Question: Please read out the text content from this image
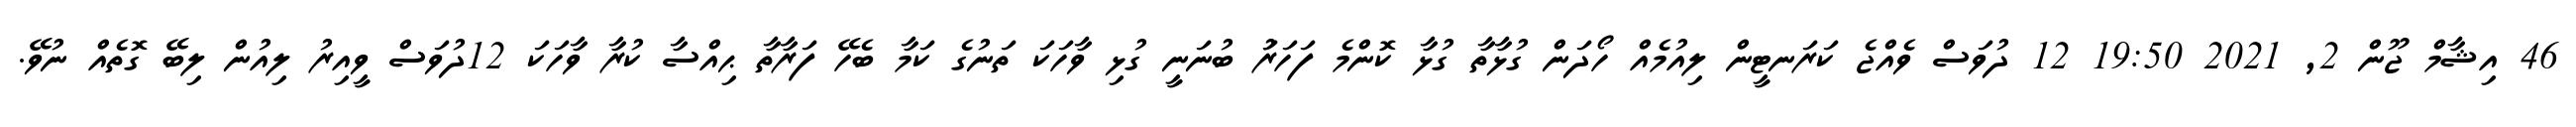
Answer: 46 އިޝާމް ޖޫން 2, 2021 19:50 12 ދުވަސް ވެއްޖެ ކަރަނޓީން ލިއުމެއް ހޯދަން ގުޅާތާ ގުޅާ ކޮންމެ ފަހަރަު ބުނަނީ ގުޅި ވާހަކަ ތަނުގެ ކަމާ ބެހޭ ފަރާތާ ޙިއްސާ ކުރާ ވާހަކަ 12ދުވަސް ވީއިރު ލިއުން ލިބޭ ގޮތެއް ނުވޭ.